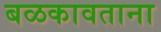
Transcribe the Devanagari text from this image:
बळकावताना